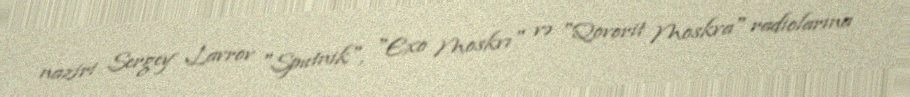
naziri Sergey Lavrov "Sputnik", "Exo Moskvı" və "Qovorit Moskva" radiolarına